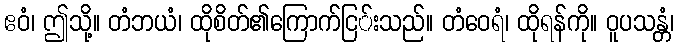
ဧဝံ၊ ဤသို့။ တံဘယံ၊ ထိုစိတ်၏ကြောက်ငြ်းသည်။ တံဝေရံ၊ ထိုရန်ကို။ ဝူပသန္တံ၊